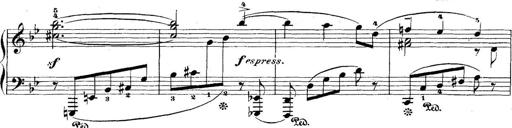
Title: 5 Sonatinas
Composer: Theodor Kirchner